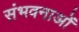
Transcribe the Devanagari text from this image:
संभवनाओं